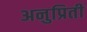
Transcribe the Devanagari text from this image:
अनुप्रिती